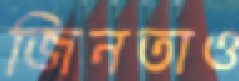
জিনতাও